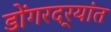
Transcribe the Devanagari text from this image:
डोंगरदर्‍यांत